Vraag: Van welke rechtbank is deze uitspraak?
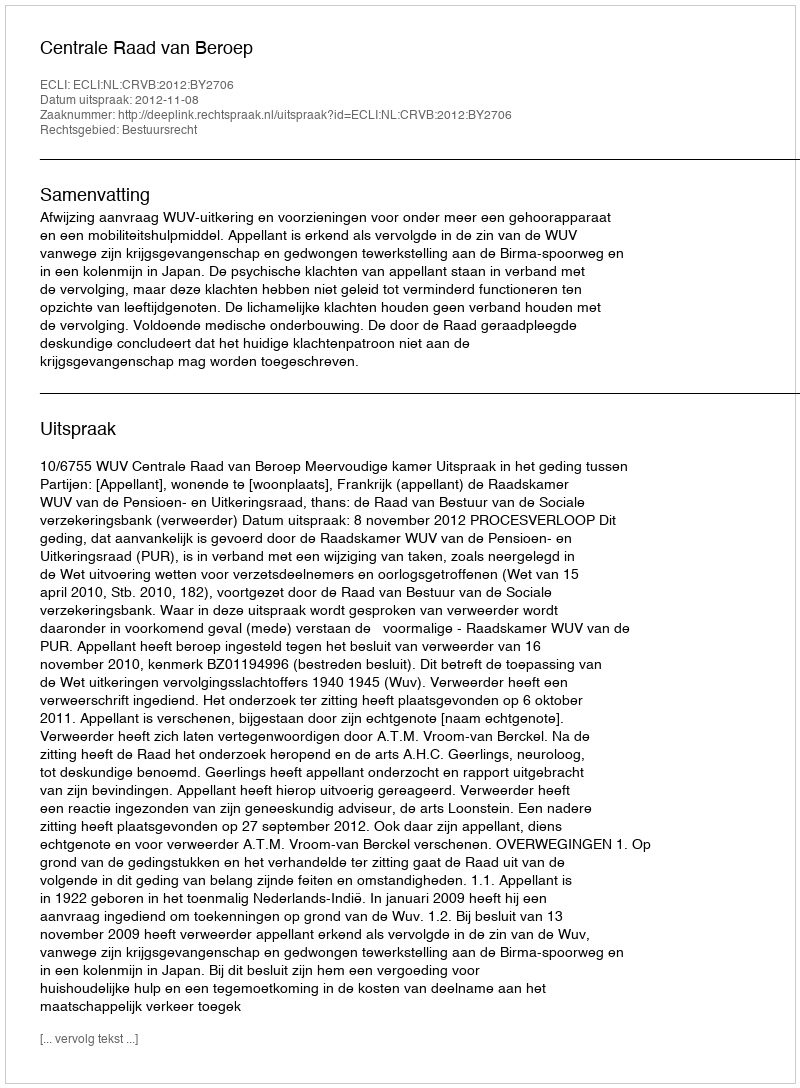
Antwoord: Centrale Raad van Beroep